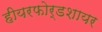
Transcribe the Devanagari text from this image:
हीयरफोर्डशायर